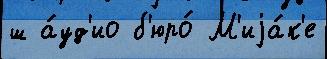
ш а́уд'ио б'юро́ М'иjа́к'е